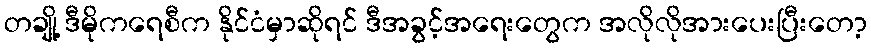
တချို့ ဒီမိုကရေစီက နိုင်ငံမှာဆိုရင် ဒီအခွင့်အရေးတွေက အလိုလိုအားပေးပြီးတော့